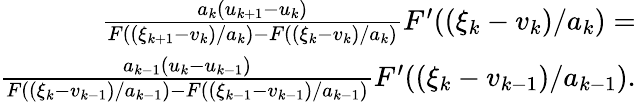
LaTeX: \begin{array}{r}{\frac{a_{k}(u_{k+1}-u_{k})}{F((\xi_{k+1}-v_{k})/a_{k})-F((\xi_{k}-v_{k})/a_{k})}F^{\prime}((\xi_{k}-v_{k})/a_{k})=}\\ {\frac{a_{k-1}(u_{k}-u_{k-1})}{F((\xi_{k}-v_{k-1})/a_{k-1})-F((\xi_{k-1}-v_{k-1})/a_{k-1})}F^{\prime}((\xi_{k}-v_{k-1})/a_{k-1}).}\end{array}